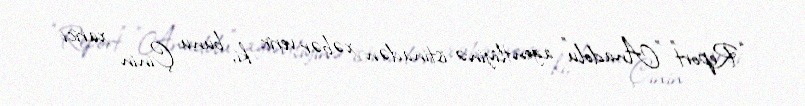
“Report” "Anadolu" agentliyinə istinadən xəbər verir ki, bunu Çinin xarici